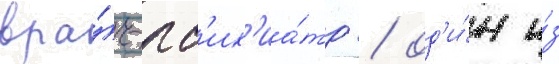
вра́ч-пс'их'иа́тр / од'и́н и́з